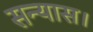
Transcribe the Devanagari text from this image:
सन्यास।